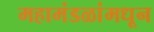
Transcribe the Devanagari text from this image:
महामंडळांमधून